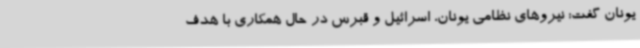
یونان گفت: نیروهای نظامی یونان، اسرائیل و قبرس در حال همکاری با هدف